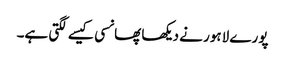
پورے لاہور نے دیکھا پھانسی کیسے لگتی ہے۔